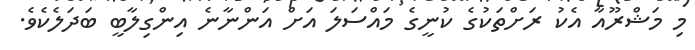
މި މަޝްރޫއާ އެކު ރަށްތަކުގެ ކުނީގެ މައްސަލަ އަށް އަންނާނެ އިންގިލާބީ ބަދަލެކެވެ.